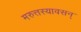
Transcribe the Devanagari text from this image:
मरुत्तस्यावसन्